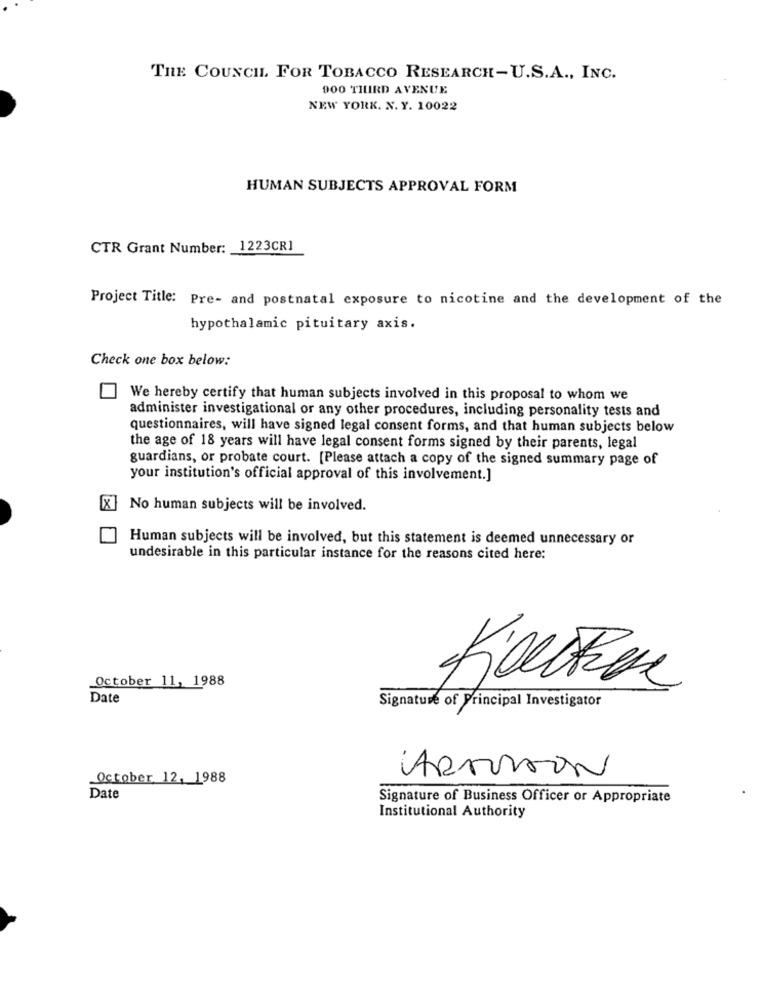
THE COUNCIL. FOR TOBACCO RESEARCH-U.S.A ., INC.
900 THIRD AVENUE
NEW YORK. X. Y. 10022
HUMAN SUBJECTS APPROVAL FORM
CTR Grant Number: 1223CR1
Project Title: Pre- and postnatal exposure to nicotine and the development of the
hypothalamic pituitary axis.
Check one box below:
We hereby certify that human subjects involved in this proposal to whom we
administer investigational or any other procedures, including personality tests and
questionnaires, will have signed legal consent forms, and that human subjects below
the age of 18 years will have legal consent forms signed by their parents, legal
guardians, or probate court. [Please attach a copy of the signed summary page of
your institution's official approval of this involvement.]
No human subjects will be involved.
Human subjects will be involved, but this statement is deemed unnecessary or
undesirable in this particular instance for the reasons cited here:
October 11, 1988
Date
Signature of Principal Investigator
October, 12, 1988
ARAISON
Date
Signature of Business Officer or Appropriate
Institutional Authority